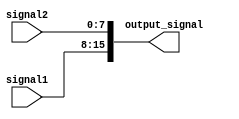
module Concatenation(
    input [7:0] signal1,
    input [7:0] signal2,
    output [15:0] output_signal
);

assign output_signal = {signal1, signal2};

endmodule